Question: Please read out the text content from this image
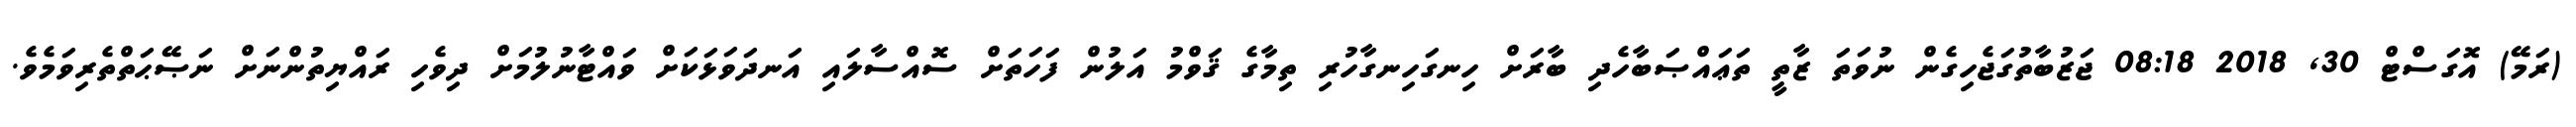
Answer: (ރަމޭ) އޮގަސްޓް 30, 2018 08:18 ޖަޒުބާތުގަޖެހިގެން ނުވަތަ ޒާތީ ތަޢައްޞަބާހެދި ބާރަށް ހިނގަހިނގާހުރި ތިމާގެ ޤަވްމު އަލުން ފަހަތަށް ސޮއްސާލައި އަނދަވަޅަކަށް ވައްޓާނުލުމަށް ދިވެހި ރައްޔިތުންނަށް ނަޞޭޙަތްތެރިވަމެވެ.